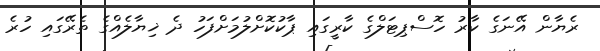
ރެޔާން އޭނަގެ ކާރު ހޮސްޕިޓަލްގެ ކާރީގައި ޕާކުކޮށްލުމަށްފަހު ދެ ޚިޔާލެއްގެ ތެރޭގައި ހުރެ